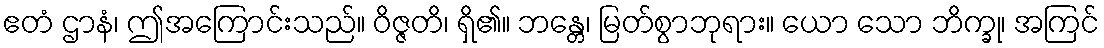
ဧတံ ဌာနံ၊ ဤအကြောင်းသည်။ ဝိဇ္ဇတိ၊ ရှိ၏။ ဘန္တေ၊ မြတ်စွာဘုရား။ ယော သော ဘိက္ခု၊ အကြင်